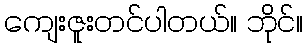
ကျေးဇူးတင်ပါတယ်။ ဘိုင်။